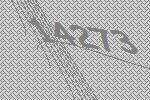
14273